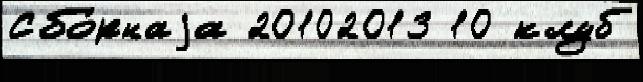
Сбо́рнаjа 20102013 10 клуб